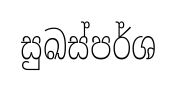
සුඛස්පර්ශ